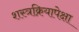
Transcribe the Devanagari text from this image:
शस्त्रक्रियापेक्षा